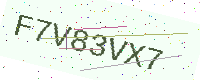
Text: F7V83VX7